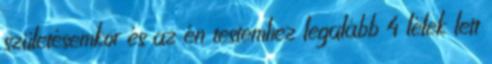
születésemkor és az én testemhez legalább 4 lélek lett